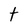
Character: t